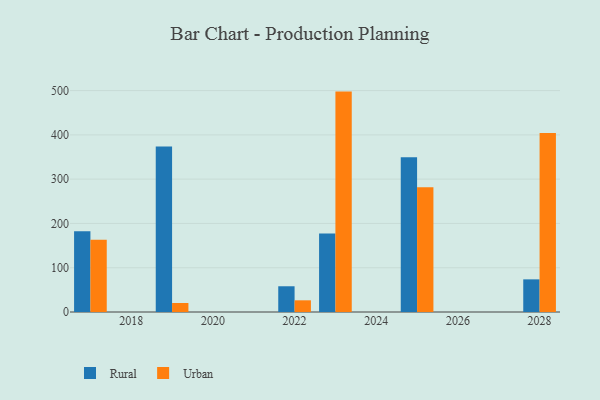
{"axis": {"x": "Year", "y": "Temperature (°C)"}, "legend": ["Rural", "Urban"], "data": [{"x": "2017", "y": 182.4, "type": "Rural"}, {"x": "2017", "y": 163.4, "type": "Urban"}, {"x": "2028", "y": 73.7, "type": "Rural"}, {"x": "2028", "y": 404.1, "type": "Urban"}, {"x": "2023", "y": 177.5, "type": "Rural"}, {"x": "2023", "y": 497.7, "type": "Urban"}, {"x": "2022", "y": 58.1, "type": "Rural"}, {"x": "2022", "y": 26.4, "type": "Urban"}, {"x": "2019", "y": 373.8, "type": "Rural"}, {"x": "2019", "y": 20.3, "type": "Urban"}, {"x": "2025", "y": 349.6, "type": "Rural"}, {"x": "2025", "y": 281.6, "type": "Urban"}]}